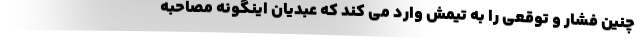
چنین فشار و توقعی را به تیمش وارد می کند که عبدیان اینگونه مصاحبه